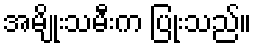
အမျိုးသမီးက ပြုံးသည်။